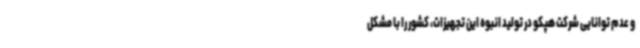
و عدم توانایی شرکت هپکو در تولید انبوه این تجهیزات، کشور را با مشکل